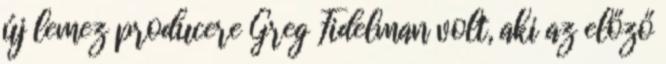
új lemez producere Greg Fidelman volt, aki az előző